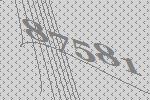
87581